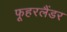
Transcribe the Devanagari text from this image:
फूहरलैंडर